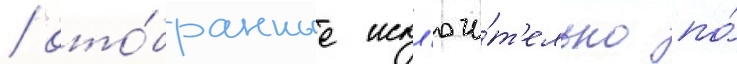
/ ото́бранные искл'ючи́т'ельно по́